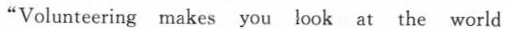
"Volunteering makes you look at the world